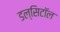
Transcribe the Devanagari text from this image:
डल्सिटॉल